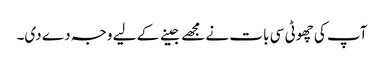
آپ کی چھوٹی سی بات نے مجھے جینے کے لیے وجہ دے دی۔